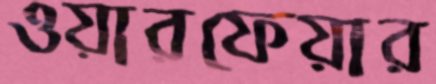
ওয়ারফেয়ার